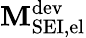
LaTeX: \mathbf{M}_{\mathrm{SEI,el}}^{\mathrm{dev}}